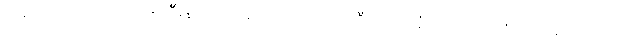
တရားလိုပြသက်သေ ၅ ဦးနဲ့ တရားခံပြသက်သေ ၄ ဦးတို့ကို ရုံးတော်က စစ်ဆေးခဲ့တယ်လို့